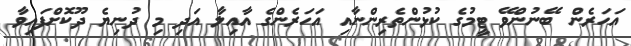
އަހަރެން ބޭނުންވޭ ޓީމުގެ ކުޅުންތެރިންނާއި އަހަރެންގެ އާއިލާ އަދި މި ދުނިޔެ ދޫކޮށްފައިވާ